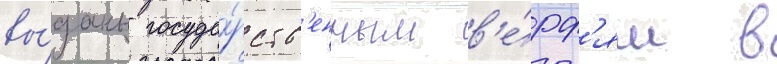
вы́даны госуда́рств'енным в'е́рф'ям в